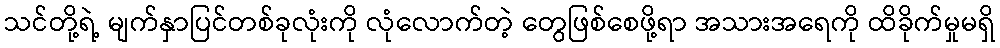
သင်တို့ရဲ့ မျက်နှာပြင်တစ်ခုလုံးကို လုံလောက်တဲ့ တွေဖြစ်စေဖို့ရာ အသားအရေကို ထိခိုက်မှုမရှိ